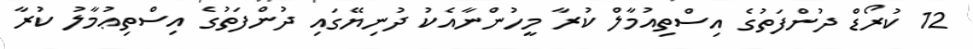
12 ކުރޯޑް ދުންފަތުގެ އިސްތިއުމާލް ކުރާ މީހުންނާއެކު ދުނިޔޭގައި ދުންފަތުގެ އިސްތިޢުމާލު ކުރާ